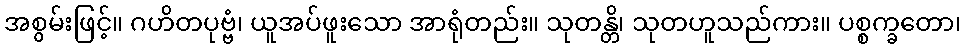
အစွမ်းဖြင့်။ ဂဟိတပုဗ္ဗံ၊ ယူအပ်ဖူးသော အာရုံတည်း။ သုတန္တိ၊ သုတဟူသည်ကား။ ပစ္စက္ခတော၊